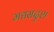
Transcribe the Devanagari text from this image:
मद्यसदृश